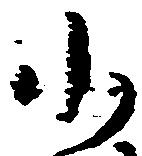
小